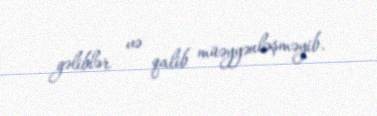
gəliblər və qalib müəyyənləşməyib.